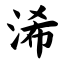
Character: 浠